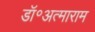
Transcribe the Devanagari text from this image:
डॉ॰अत्माराम